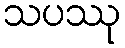
သပဿု